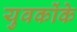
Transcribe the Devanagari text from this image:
युवकोंके